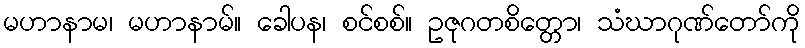
မဟာနာမ၊ မဟာနာမ်။ ခေါပန၊ စင်စစ်။ ဥဇုဂတစိတ္တော၊ သံဃာဂုဏ်တော်ကို